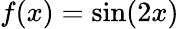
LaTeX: f(x)=\sin(2x)